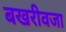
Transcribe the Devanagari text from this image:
बखरीवजा